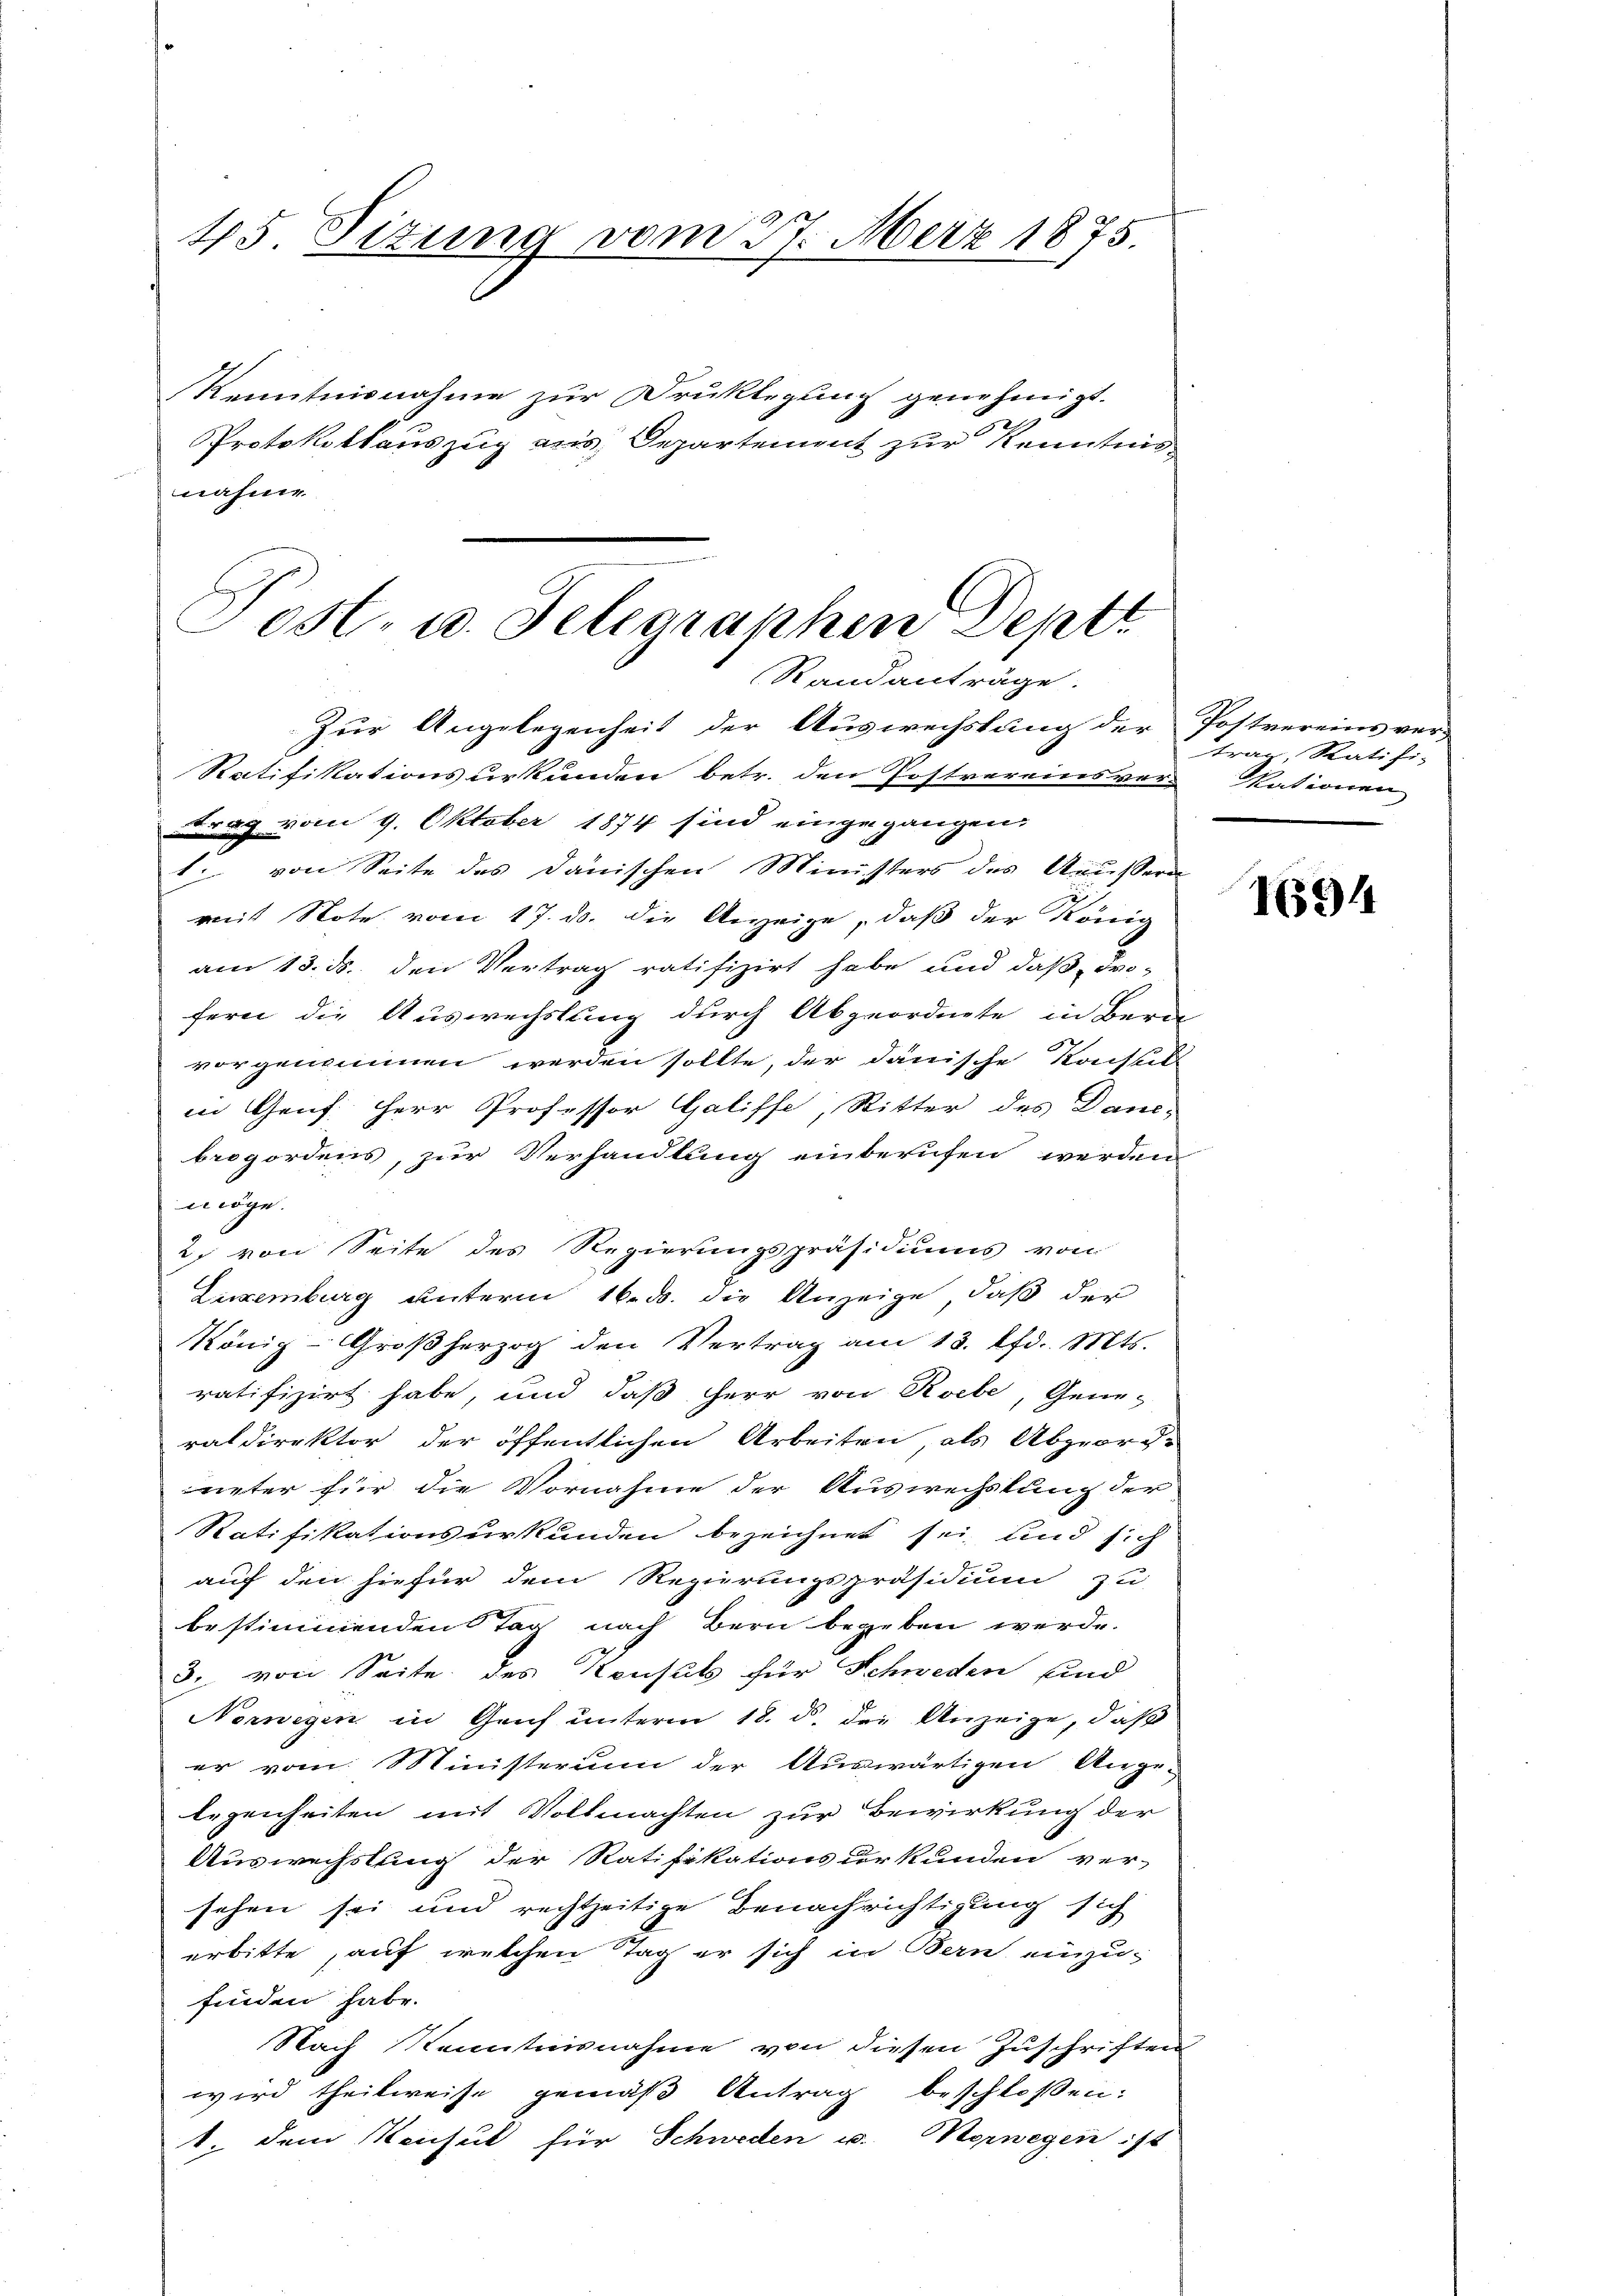
45. Sizung vom 27. März 1875.

Kenntnisnahme zur Druklegung genehmigt.
Protokollauszug aus Departement zur Kenntnis
nahme

Post- u. Telegraphen Deptt
Randanträge.
Zur Angelegenheit der Auswechslung der Postvereins ver-
Ratifikationsurkunden betr. den Postvereinsverkationen
Frag vom 9. Oktober 1874 sind eingegangen.

1. von Seite des Dänischen Ministers des Aeussern
mit Note vom 17. ds. die Anzeige, daß der König
am 13. ds. den Vertrag ratifizirt habe und daß drofern die Auswechslung durch Abgeordnete in Bern
vorgenommen werden sollte, der dänische Konsul
in Genf Herr Professor Galiffe, Ritter des Danc-
beogordens, zur Verhandlung einberufen werden
möge.
2. von Seite des Regierungspräsidiums von
Luxenburg unterm 16. ds. die Anzeige, daß der
König-Großherzog den Vertrag am 13. lfd. Mts.
ratifizirt habe, und daß Herr von Roebe, Gene-
raldirektor der öffentlichen Arbeiten, als Abgeord-
ueter für die Vornahme der Auswechslung der
Ratifikationsurkunden bezeichnet sei, und sich
auf den hiefür dem Regierungspräsidium zu
bestimmenden Tag nach Bern begeben werde.
3. von Seite des Konsuls für Schweden sind
Norwegen in Genf unterm 18. d. die Anzeige, daß
er vom Ministerium der Auswärtigen Ange-
legenheiten mit Vollmachten zur Bewirkung der
Auswechslung der Ratifikationsurkunden ver-
sehen sei und rechtzeitige Benachrichtigung sich
erbitte, auf welchen Tag er sich in Bern einzufinden habe.
Nach Kenntnisnahme von diesen Zuschriften
wird theilweise gemäß Antrag beschloßen:
1. dem Neuhut für Schweden u. Norwegen ist

trag, Ratifi-

I694